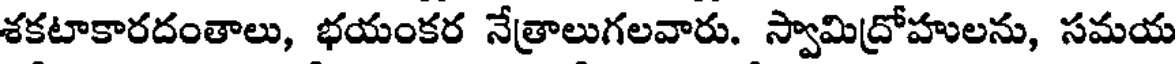
శకటాకారదంతాలు, భయంకర నేత్రాలుగలవారు. స్వామిద్రోహులను, సమయ